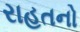
રાહતનો